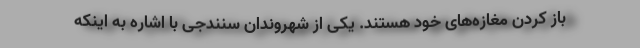
باز کردن مغازه‌های خود هستند. یکی از شهروندان سنندجی با اشاره به اینکه